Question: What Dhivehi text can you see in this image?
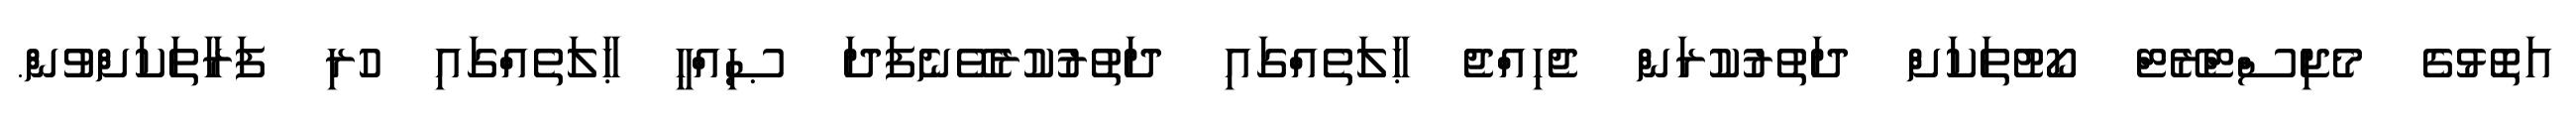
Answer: އަތޮޅުގެ މެޖިސްޓްރޭޓް ކޯޓުތަކަށް ދަތުރުކުރަން ޖެހިއްޖެ ޙާލަތެއްގައި ދަތުރުކުރެވޭނެފަދަ ޞިއްޙީ ޙާލަތެއްގައި ހުރި ފަރާތަކަށްވުން.